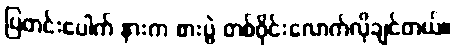
ပြတင်းပေါက် နားက စားပွဲ တစ်ဝိုင်းလောက်လိုချင်တယ်။